Scottish Leaving Certificate Examination, 1956
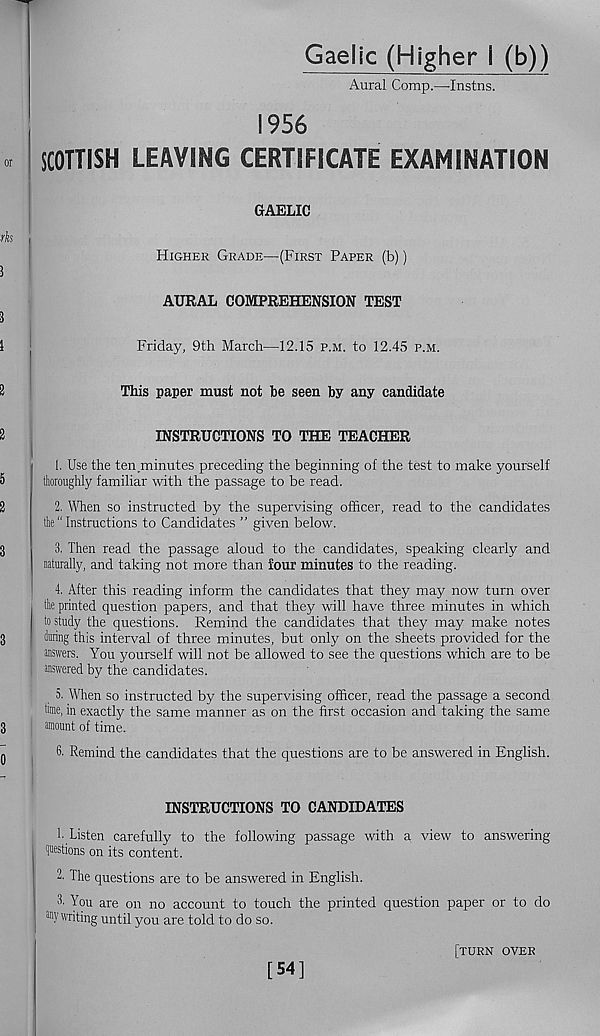
Gaelic (Higher i (b))
Aural Comp.—Instns.
1956
SCOTTISH LEAVING CERTIFICATE EXAMINATION
GAELIC
Higher Grade—(First Paper (b))
AURAL COMPREHENSION TEST
Friday, 9th March—12.15 p.m. to 12.45 p.m.
This paper must not be seen by any candidate
INSTRUCTIONS TO THE TEACHER
1. Use the ten .minutes preceding the beginning of the test to make yourself
thoroughly familiar with the passage to be read.
2. When so instructed by the supervising officer, read to the candidates
the" Instructions to Candidates ” given below.
3. Then read the passage aloud to the candidates, speaking clearly and
naturally, and taking not more than lour minutes to the reading.
4. After this reading inform the candidates that they may now turn over
the printed question papers, and that they will have three minutes in which
to study the questions. Remind the candidates that they may make notes
during this interval of three minutes, but only on the sheets provided for the
answers. You yourself will not be allowed to see the questions which are to be
answered by the candidates.
5. When so instructed by the supervising officer, read the passage a second
time, in exactly the same manner as on the first occasion and taking the same
amount of time.
6. Remind the candidates that the questions are to be answered in English.
INSTRUCTIONS TO CANDIDATES
1. Listen carefully to the following passage with a view to answering
Questions on its content.
2' The questions are to be answered in English.
2. You are on no account to touch the printed question paper or to do
®y writing until you are told to do so.
[54]
[turn over